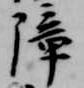
障